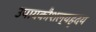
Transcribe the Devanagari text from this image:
उपायकौशल्यहृदय